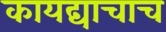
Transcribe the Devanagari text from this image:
कायद्याचाच